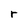
Character: r